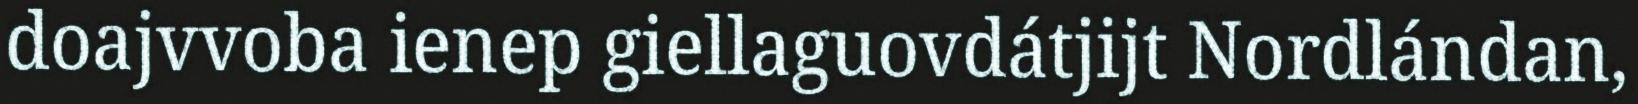
doajvvoba ienep giellaguovdátjijt Nordlándan,